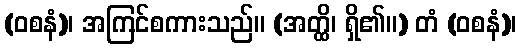
(ဝစနံ)၊ အကြင်စကားသည်။ (အတ္ထိ၊ ရှိ၏။) တံ (ဝစနံ)၊